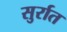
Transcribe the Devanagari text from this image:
सुर्रात